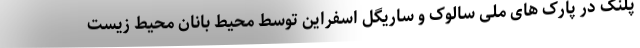
پلنگ در پارک های ملی سالوک و ساریگل اسفراین توسط محیط بانان محیط زیست